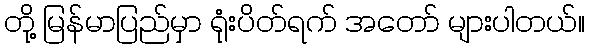
တို့ မြန်မာပြည်မှာ ရုံးပိတ်ရက် အတော် များပါတယ်။